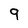
Character: 9